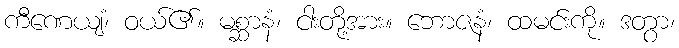
ကီဏေယျံ၊ ဝယ်၏။ မစ္ဆာနံ၊ ငါးတို့အား။ ဘောဇနံ၊ ထမင်းကို။ ဒတွာ၊